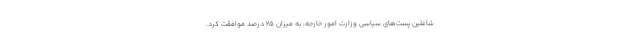
شاغلین پست‌های سیاسی وزارت امور خارجه، به میزان 25 درصد موافقت کرد.